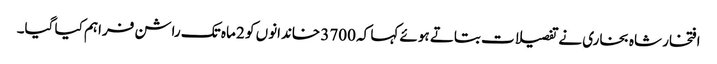
افتخار شاہ بخاری نے تفصیلات بتاتے ہوئے کہا کہ 3700 خاندانوں کو 2 ماہ تک راشن فراہم کیا گیا۔